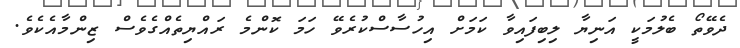
ދެވޭތޯ ބެލުމަކީ އަނިޔާ ލިބިފައިވާ ކަމަށް އިހުސާސްކުރެވޭ ހަމަ ކޮންމެ ރައްޔިތެއްގެވެސް ޒިންމާއެކެވެ.